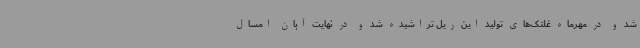
شد و در مهرماه غلتک‌های تولید این ریل تراشیده شد و در نهایت آبان امسال